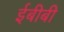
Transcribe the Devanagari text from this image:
ईबीबी